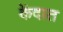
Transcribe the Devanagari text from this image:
केंदात